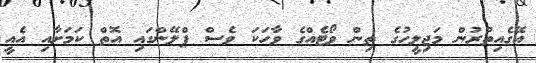
އޭގެއިތުރުން މަޖިލީހުގެ ތިން ވޯޓެއްގެ ވާހަކަ ވެސް ޕްލޭންގައި އޮތް ކަމަށާއި އެއީ